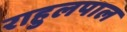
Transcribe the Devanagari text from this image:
राहुलपाल